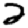
Digit: 2